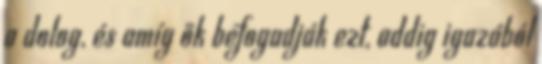
a dolog, és amíg ők befogadják ezt, addig igazából